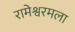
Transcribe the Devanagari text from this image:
रामेश्वरमला